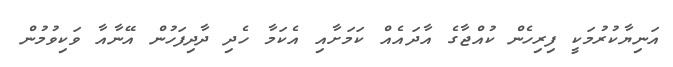
އަނިޔާކުރުމަކީ ފިރިހެން ކުއްޖާގެ އާދައެއް ކަމަށާއި އެކަމާ ހެދި ދާދިފަހުން އޭނާއާ ވަކިވުމުން